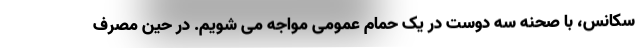
سکانس، با صحنه سه دوست در یک حمام عمومی مواجه می شویم. در حین مصرف